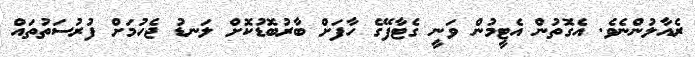
ރެއާލުންނެވެ. އެގޮތުން އެޓީމުން ވަނީ ގެޓާފޭގެ ހާފަށް ބާރުބޮޑުކޮށް ލަނޑު ޖެހުމަށް ފުރުސަތުތައް